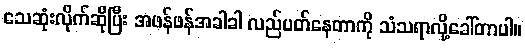
သေဆုံးလိုက်ဆိုပြီး အဖန်ဖန်အခါခါ လည်ပတ်နေတာကို သံသရာလို့ခေါ်တာပါ။